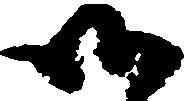
御